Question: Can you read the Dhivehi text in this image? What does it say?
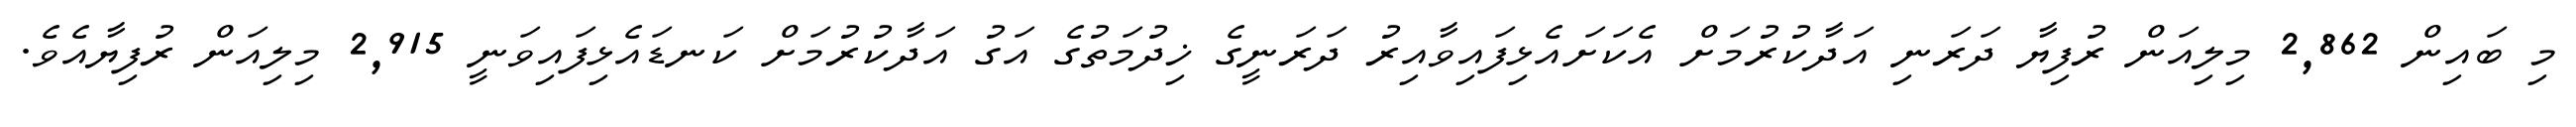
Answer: މި ބައިން 2,862 މިލިއަން ރުފިޔާ ދަރަނި އަދާކުރުމަށް އެކަށައެޅިފައިވާއިރު ދަރަނީގެ ޚިދުމަތުގެ އަގު އަދާކުރުމަށް ކަނޑައެޅިފައިވަނީ 2,915 މިލިއަން ރުފިޔާއެވެ.